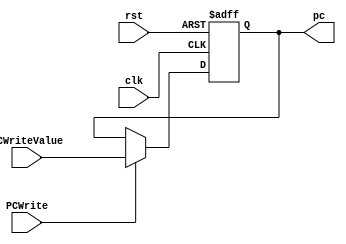
module ProgramCounter(
    input wire clk,        //  
    input wire rst,
    
    input wire [31:0] PCWriteValue,  // PC  
    input wire PCWrite,    // Control unit
    
    output reg [31:0] pc    //  PC 
);

    always @(posedge clk or posedge rst) begin
        if (rst == 1)
            pc <= 0;
    
        else if (PCWrite)  // PCwrite Control unit 
            pc <= PCWriteValue;  //   pc 
    end

endmodule